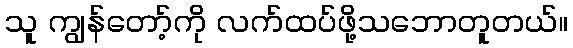
သူ ကျွန်တော့်ကို လက်ထပ်ဖို့သဘောတူတယ်။